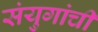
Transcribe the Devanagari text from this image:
संयुगांची